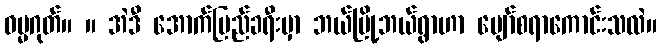
ဓမ္မဂုတ်။ ။ အဲဒီ အောက်ပြည်ခရီးမှာ ဘယ်မြို့ဘယ်ရွာဟာ ပျော်စရာကောင်းသလဲ။